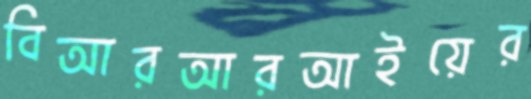
বিআরআরআইয়ের